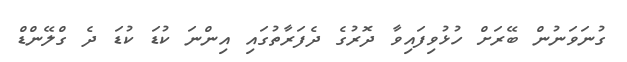
ގުނަވަނުން ބޭރަށް ހުޅުވިފައިވާ ދޮރުގެ ދެފަރާތުގައި އިންނަ ކުޑަ ކުޑަ ދެ ގްލޭންޑް